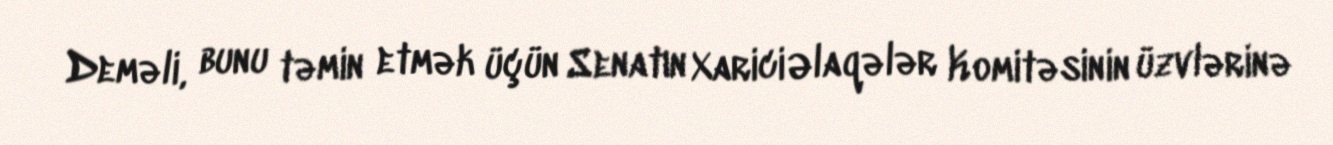
Deməli, bunu təmin etmək üçün Senatın Xarici Əlaqələr Komitəsinin üzvlərinə